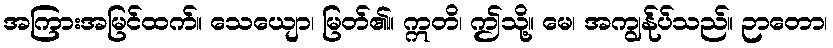
အကြားအမြင်ထက်။ သေယျော၊ မြတ်၏။ ဣတိ၊ ဤသို့။ မေ၊ အကျွန်ုပ်သည်။ ဉာတော၊